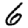
Digit: 6